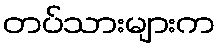
တပ်သားများက